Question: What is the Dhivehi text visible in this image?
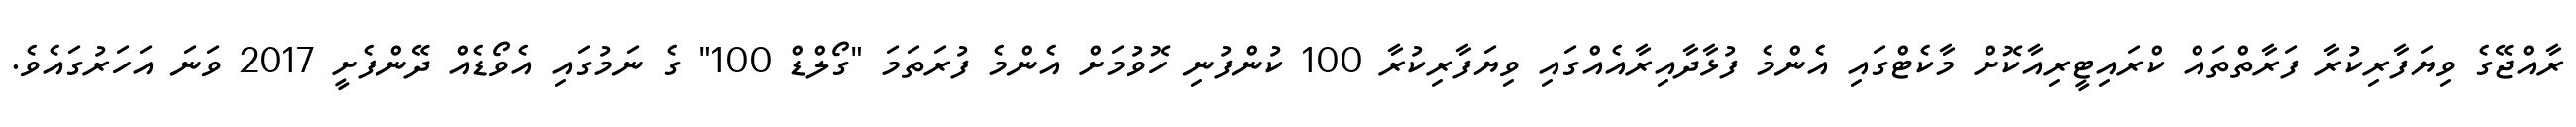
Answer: ރާއްޖޭގެ ވިޔަފާރިކުރާ ފަރާތްތައް ކްރައިޓީރިއާކޮށް މާކެޓްގައި އެންމެ ފުޅާދާއިރާއެއްގައި ވިޔަފާރިކުރާ 100 ކުންފުނި ހޮވުމަށް އެންމެ ފުރަތަމަ "ގޯލްޑް 100" ގެ ނަމުގައި އެވޯޑެއް ދޭންފެށީ 2017 ވަނަ އަހަރުގައެވެ.